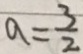
a = \frac { 3 } { 2 }